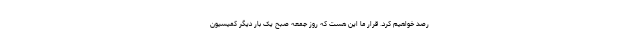
رصد خواهیم کرد. قرار ما این هست که روز جمعه صبح یک بار دیگر کمیسیون